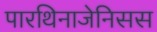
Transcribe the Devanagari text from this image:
पारथिनाजेनिसस